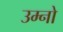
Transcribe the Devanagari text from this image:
उम्नो